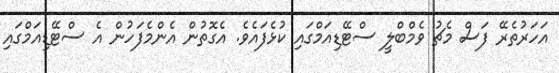
އަހަރުތެރޭ ފަސް މެޗު ވެމްބްލީ ސްޓޭޑިއަމްގައި ކުޅެފައެވެ. އެގޮތުން އެންމެފަހުން އެ ސްޓޭޑިއަމްގައި